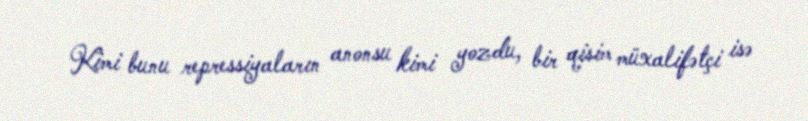
Kimi bunu repressiyaların anonsu kimi yozdu, bir qisim müxalifətçi isə